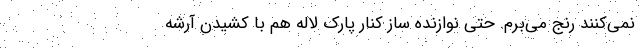
نمی‌کنند رنج می‌برم. حتی نوازنده ساز کنار پارک لاله هم با کشیدن آرشه